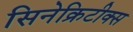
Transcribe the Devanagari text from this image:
सिनेक्रिटीक्स